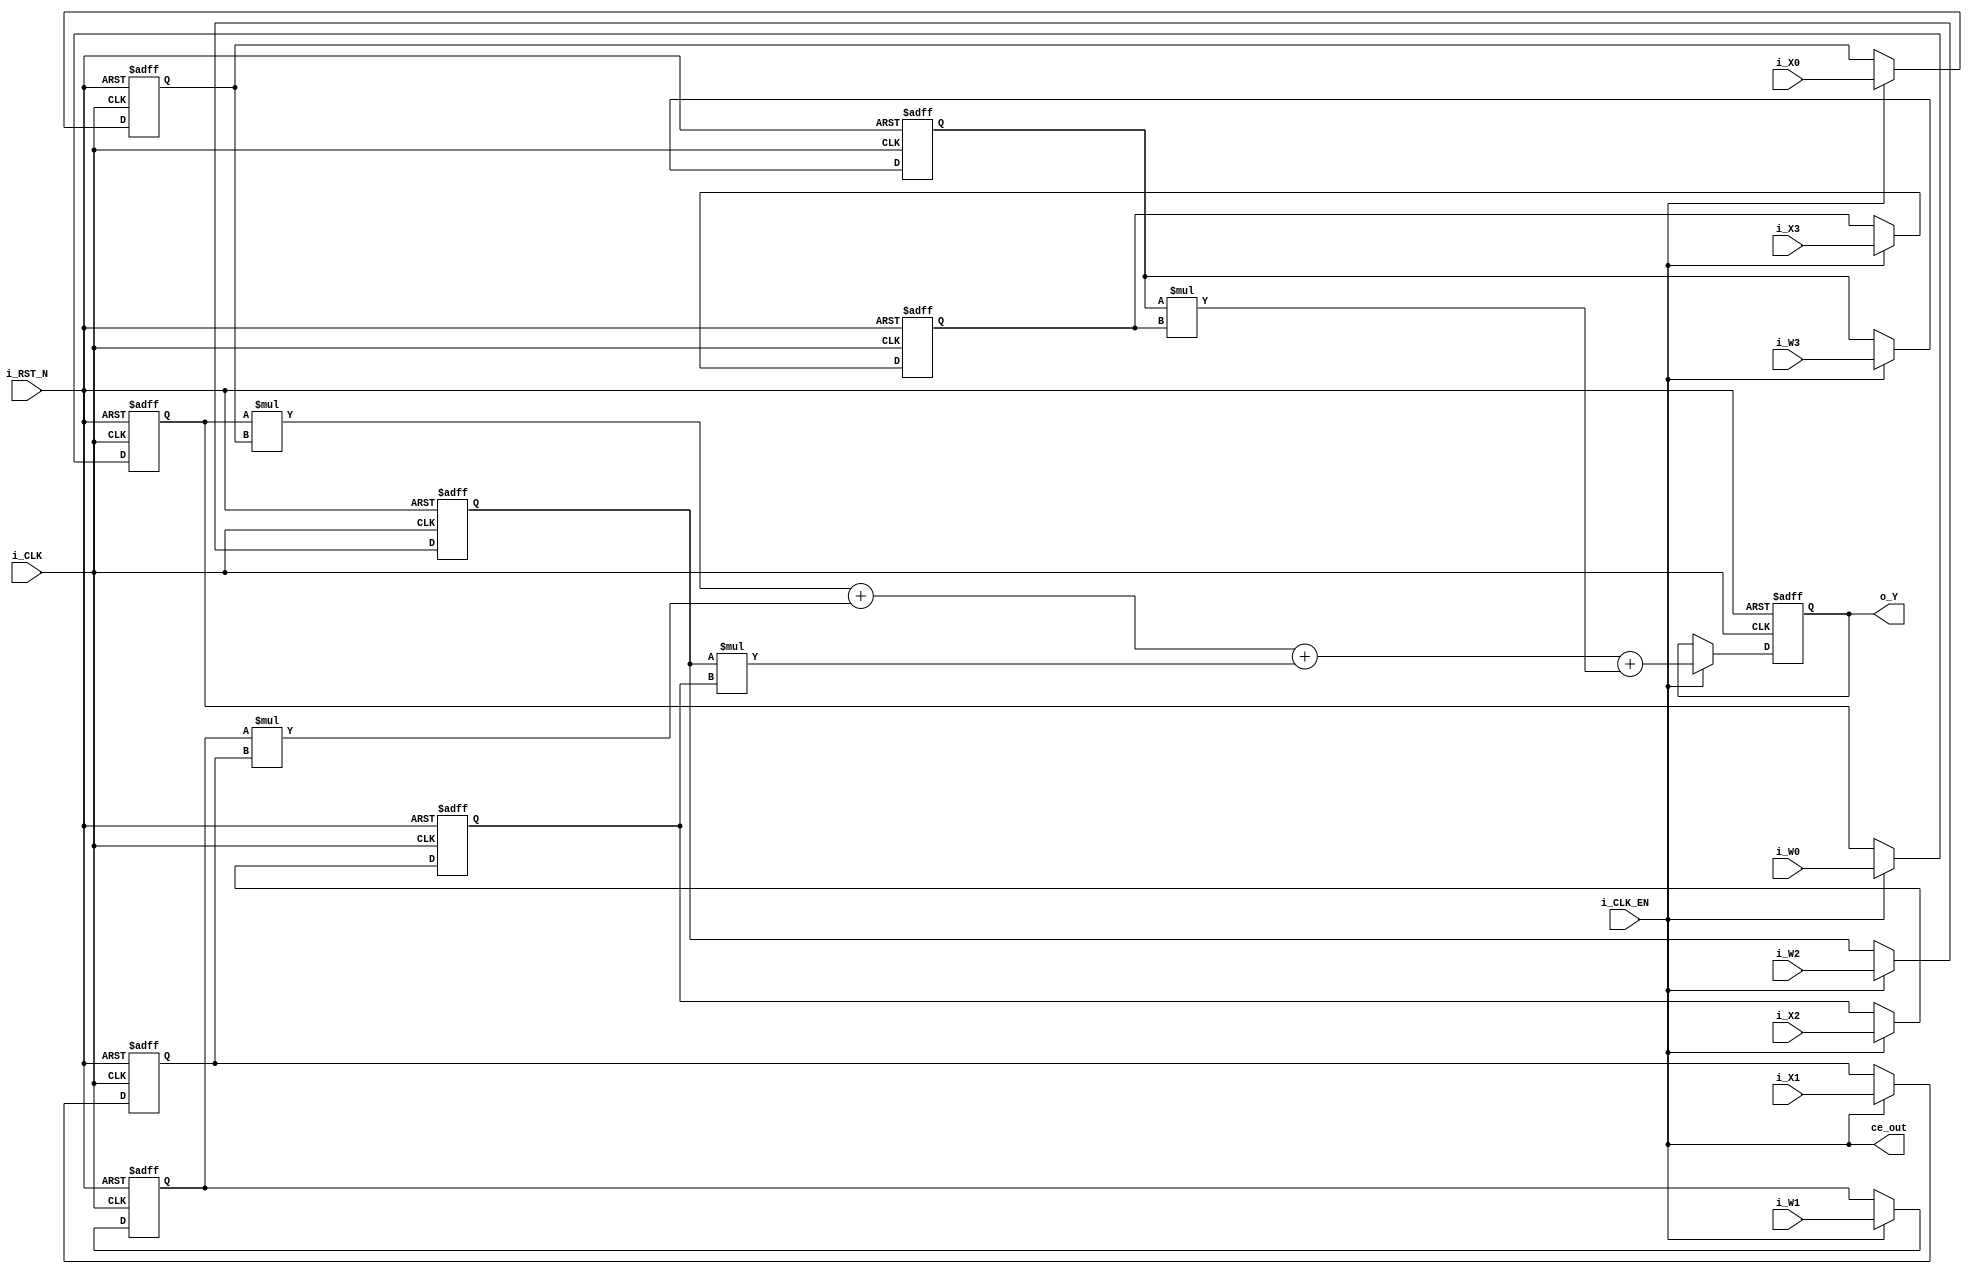
// -------------------------------------------------------------
// 
// 
// Generated by MATLAB 9.12 and HDL Coder 3.20
// 
// 
// -- -------------------------------------------------------------
// -- Rate and Clocking Details
// -- -------------------------------------------------------------
// Model base rate: 1
// Target subsystem base rate: 1
// 
// 
// Clock Enable  Sample Time
// -- -------------------------------------------------------------
// ce_out        1
// -- -------------------------------------------------------------
// 
// 
// Output Signal                 Clock Enable  Sample Time
// -- -------------------------------------------------------------
// o_Y                           ce_out        1
// -- -------------------------------------------------------------
// 
// -------------------------------------------------------------


// -------------------------------------------------------------
// 
// Module: Subsystem
// Source Path: Laba1_2/Subsystem
// Hierarchy Level: 0
// 
// -------------------------------------------------------------

`timescale 1 ns / 1 ns

module Subsystem
          (i_CLK,
           i_RST_N,
           i_CLK_EN,
           i_W0,
           i_W1,
           i_W2,
           i_W3,
           i_X0,
           i_X1,
           i_X2,
           i_X3,
           ce_out,
           o_Y);


  input   i_CLK;
  input   i_RST_N;
  input   i_CLK_EN;
  input   signed [7:0] i_W0;  // int8
  input   signed [7:0] i_W1;  // int8
  input   signed [7:0] i_W2;  // int8
  input   signed [7:0] i_W3;  // int8
  input   signed [7:0] i_X0;  // int8
  input   signed [7:0] i_X1;  // int8
  input   signed [7:0] i_X2;  // int8
  input   signed [7:0] i_X3;  // int8
  output  ce_out;
  output  signed [17:0] o_Y;  // sfix18


  wire enb;
  reg signed [7:0] Unit_Delay_out1;  // int8
  reg signed [7:0] Unit_Delay1_out1;  // int8
  reg signed [7:0] Unit_Delay2_out1;  // int8
  reg signed [7:0] Unit_Delay3_out1;  // int8
  reg signed [7:0] Unit_Delay4_out1;  // int8
  wire signed [15:0] Product_out1;  // int16
  reg signed [7:0] Unit_Delay5_out1;  // int8
  wire signed [15:0] Product1_out1;  // int16
  wire signed [16:0] Add_stage2_1;  // sfix17
  wire signed [16:0] Add_stage2_2;  // sfix17
  wire signed [16:0] Add_op_stage1;  // sfix17
  reg signed [7:0] Unit_Delay6_out1;  // int8
  wire signed [15:0] Product2_out1;  // int16
  wire signed [17:0] Add_stage3_1;  // sfix18
  wire signed [17:0] Add_stage3_2;  // sfix18
  wire signed [17:0] Add_op_stage2;  // sfix18
  reg signed [7:0] Unit_Delay7_out1;  // int8
  wire signed [15:0] Product3_out1;  // int16
  wire signed [17:0] Add_stage4_1;  // sfix18
  wire signed [17:0] Add_out1;  // sfix18
  reg signed [17:0] Unit_Delay8_out1;  // sfix18


  assign enb = i_CLK_EN;

  always @(posedge i_CLK or negedge i_RST_N)
    begin : Unit_Delay_process
      if (i_RST_N == 1'b0) begin
        Unit_Delay_out1 <= 8'sb00000000;
      end
      else begin
        if (enb) begin
          Unit_Delay_out1 <= i_W0;
        end
      end
    end



  always @(posedge i_CLK or negedge i_RST_N)
    begin : Unit_Delay1_process
      if (i_RST_N == 1'b0) begin
        Unit_Delay1_out1 <= 8'sb00000000;
      end
      else begin
        if (enb) begin
          Unit_Delay1_out1 <= i_W1;
        end
      end
    end



  always @(posedge i_CLK or negedge i_RST_N)
    begin : Unit_Delay2_process
      if (i_RST_N == 1'b0) begin
        Unit_Delay2_out1 <= 8'sb00000000;
      end
      else begin
        if (enb) begin
          Unit_Delay2_out1 <= i_W2;
        end
      end
    end



  always @(posedge i_CLK or negedge i_RST_N)
    begin : Unit_Delay3_process
      if (i_RST_N == 1'b0) begin
        Unit_Delay3_out1 <= 8'sb00000000;
      end
      else begin
        if (enb) begin
          Unit_Delay3_out1 <= i_W3;
        end
      end
    end



  always @(posedge i_CLK or negedge i_RST_N)
    begin : Unit_Delay4_process
      if (i_RST_N == 1'b0) begin
        Unit_Delay4_out1 <= 8'sb00000000;
      end
      else begin
        if (enb) begin
          Unit_Delay4_out1 <= i_X0;
        end
      end
    end



  assign Product_out1 = Unit_Delay_out1 * Unit_Delay4_out1;



  always @(posedge i_CLK or negedge i_RST_N)
    begin : Unit_Delay5_process
      if (i_RST_N == 1'b0) begin
        Unit_Delay5_out1 <= 8'sb00000000;
      end
      else begin
        if (enb) begin
          Unit_Delay5_out1 <= i_X1;
        end
      end
    end



  assign Product1_out1 = Unit_Delay1_out1 * Unit_Delay5_out1;



  assign Add_stage2_1 = {Product_out1[15], Product_out1};
  assign Add_stage2_2 = {Product1_out1[15], Product1_out1};
  assign Add_op_stage1 = Add_stage2_1 + Add_stage2_2;



  always @(posedge i_CLK or negedge i_RST_N)
    begin : Unit_Delay6_process
      if (i_RST_N == 1'b0) begin
        Unit_Delay6_out1 <= 8'sb00000000;
      end
      else begin
        if (enb) begin
          Unit_Delay6_out1 <= i_X2;
        end
      end
    end



  assign Product2_out1 = Unit_Delay2_out1 * Unit_Delay6_out1;



  assign Add_stage3_1 = {Add_op_stage1[16], Add_op_stage1};
  assign Add_stage3_2 = {{2{Product2_out1[15]}}, Product2_out1};
  assign Add_op_stage2 = Add_stage3_1 + Add_stage3_2;



  always @(posedge i_CLK or negedge i_RST_N)
    begin : Unit_Delay7_process
      if (i_RST_N == 1'b0) begin
        Unit_Delay7_out1 <= 8'sb00000000;
      end
      else begin
        if (enb) begin
          Unit_Delay7_out1 <= i_X3;
        end
      end
    end



  assign Product3_out1 = Unit_Delay3_out1 * Unit_Delay7_out1;



  assign Add_stage4_1 = {{2{Product3_out1[15]}}, Product3_out1};
  assign Add_out1 = Add_op_stage2 + Add_stage4_1;



  always @(posedge i_CLK or negedge i_RST_N)
    begin : Unit_Delay8_process
      if (i_RST_N == 1'b0) begin
        Unit_Delay8_out1 <= 18'sb000000000000000000;
      end
      else begin
        if (enb) begin
          Unit_Delay8_out1 <= Add_out1;
        end
      end
    end



  assign o_Y = Unit_Delay8_out1;

  assign ce_out = i_CLK_EN;

endmodule  // Subsystem